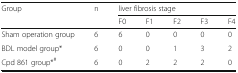
| <ROWSPAN=2> Group | <ROWSPAN=2> n | <COLSPAN=5> liver fibrosis stage |
 | F0 | F1 | F2 | F3 | F4 |
 | --- | --- | --- | --- | --- | --- | --- |
 | Sham operation group | 6 | 6 | 0 | 0 | 0 | 0 |
 | BDL model group* | 6 | 0 | 0 | 1 | 3 | 2 |
 | Cpd 861 group*# | 6 | 0 | 2 | 2 | 2 | 0 |